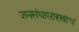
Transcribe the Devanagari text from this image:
जनसंघासारखाच